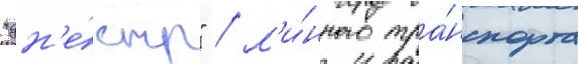
"дн'е́стр" / м'и́нного тра́нспорта